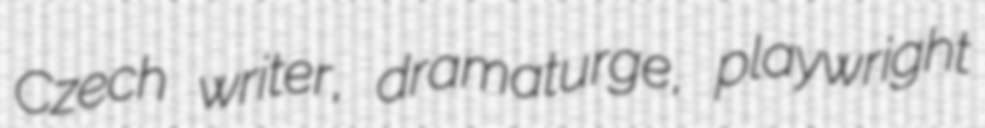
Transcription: Czech writer, dramaturge, playwright